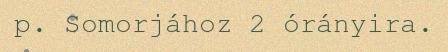
p. Somorjához 2 órányira.